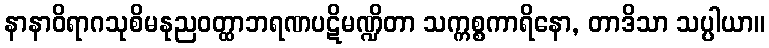
နာနာဝိရာဂသုစိမနုညဝတ္ထာဘရဏပဋိမဏ္ဍိတာ သက္ကစ္စကာရိနော, တာဒိသာ သပ္ပါယာ။